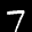
Label: 7